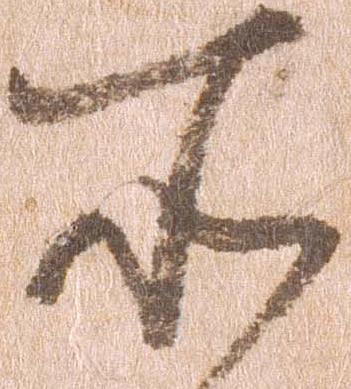
所